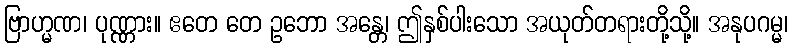
ဗြာဟ္မဏ၊ ပုဏ္ဏား။ ဧတေ တေ ဥဘော အန္တေ၊ ဤနှစ်ပါးသော အယုတ်တရားတို့သို့။ အနုပဂမ္မ၊